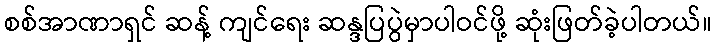
စစ်အာဏာရှင် ဆန့် ကျင်ရေး ဆန္ဒပြပွဲမှာပါဝင်ဖို့ ဆုံးဖြတ်ခဲ့ပါတယ်။